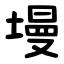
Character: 墁